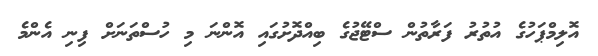
އޮލިމްޕަހުގެ އުތުރު ފަރާތުން ސްޓޭޖުގެ ބިއްދޮށުގައި އޮންނަ މި ހުސްތަނަށް ފިނި އެންމެ